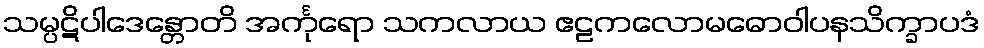
သမ္ပဋိပါဒေန္တောတိ အင်္ကုရော သကလာယ ဧဠကလောမဓောဝါပနသိက္ခာပဒံ